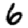
Digit: 6